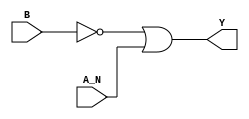
module sky130_fd_sc_lp__nand2b_6 (
    Y  ,
    A_N,
    B
);
    output Y  ;
    input  A_N;
    input  B  ;
    wire not0_out ;
    wire or0_out_Y;
    not not0 (not0_out , B              );
    or  or0  (or0_out_Y, not0_out, A_N  );
    buf buf0 (Y        , or0_out_Y      );
endmodule